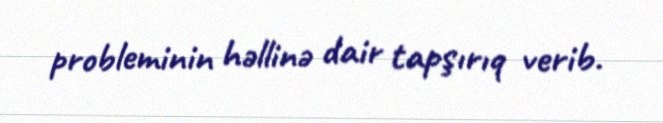
probleminin həllinə dair tapşırıq verib.